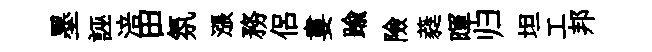
墨誣涪田氛漲務侶婁踰險蕤暉归坦工邦